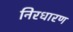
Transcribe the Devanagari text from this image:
निरधारण